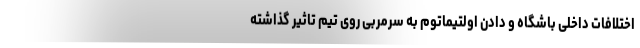
اختلافات داخلی باشگاه و دادن اولتیماتوم به سرمربی روی تیم تاثیر گذاشته